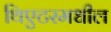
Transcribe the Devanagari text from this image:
थिएटरमधील